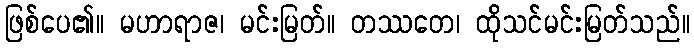
ဖြစ်ပေ၏။ မဟာရာဇ၊ မင်းမြတ်။ တဿတေ၊ ထိုသင်မင်းမြတ်သည်။